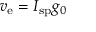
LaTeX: v _ { \mathrm { e } } = I _ { \mathrm { s p } } g _ { 0 }